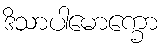
ဒိသာပါမောက္ခော